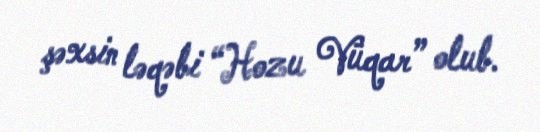
şəxsin ləqəbi “Hozu Vüqar” olub.